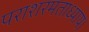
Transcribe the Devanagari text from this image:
पराशरमताध्याय।